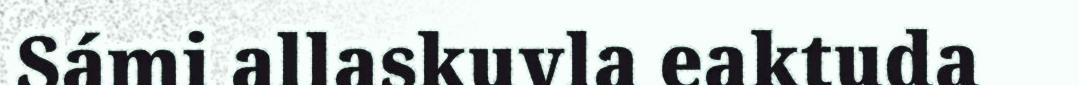
Sámi allaskuvla eaktuda